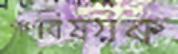
গণবিষয়ক